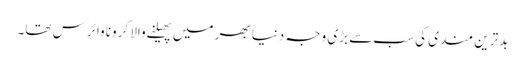
بدترین مندی کی سب سے بڑی وجہ دنیا بھر میں پھیلنے والا کرونا وائرس تھا۔